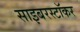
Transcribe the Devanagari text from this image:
साइबरस्टॉकर